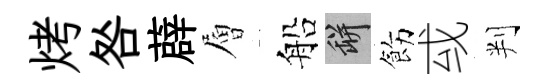
烤咎薜層船瓶飭㦯判